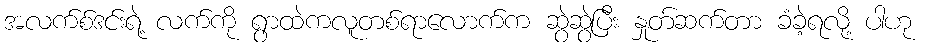
အလက်စ်ဒင်းရဲ့ လက်ကို ရွာထဲကလူတစ်ရာလောက်က ဆွဲဆွဲပြီး နှုတ်ဆက်တာ ခံခဲ့ရလို့ ပါဟု